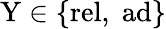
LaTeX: \mathrm{Y}\in\{ \mathrm{rel},\; \mathrm{ad}\}